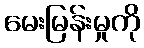
မေးမြန်းမှုကို